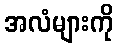
အလံများကို